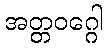
အတ္တဝဂ္ဂေါ